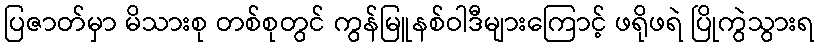
ပြဇာတ်မှာ မိသားစု တစ်စုတွင် ကွန်မြူနစ်ဝါဒီများကြောင့် ဖရိုဖရဲ ပြိုကွဲသွားရ